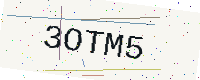
Text: 3OTM5